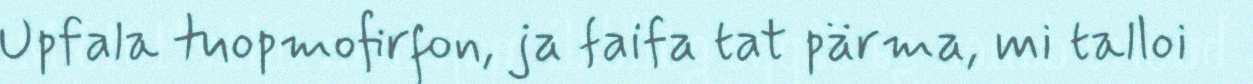
Upfala tuopmofirfon, ja faifa tat pärma, mi talloi